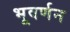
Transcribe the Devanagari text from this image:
भूवर्णन